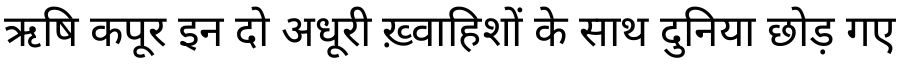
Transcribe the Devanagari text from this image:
ऋषि कपूर इन दो अधूरी ख़्वाहिशों के साथ दुनिया छोड़ गए